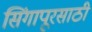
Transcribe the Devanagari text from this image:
सिंगापूरसाठी